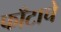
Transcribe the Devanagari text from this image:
फाँटाचे